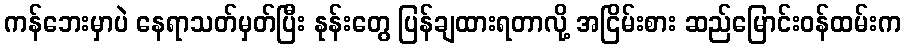
ကန်ဘေးမှာပဲ နေရာသတ်မှတ်ပြီး နုန်းတွေ ပြန်ချထားရတာလို့ အငြိမ်းစား ဆည်မြောင်းဝန်ထမ်းက